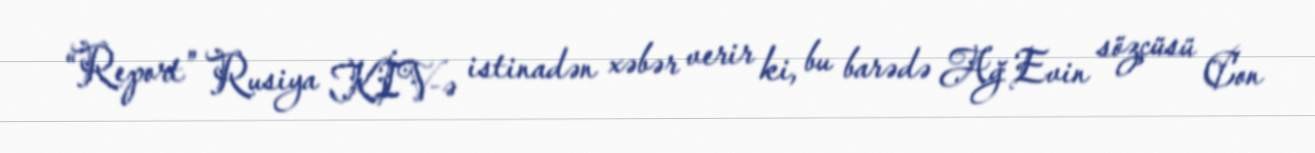
“Report” Rusiya KİV-ə istinadən xəbər verir ki, bu barədə Ağ Evin sözçüsü Con